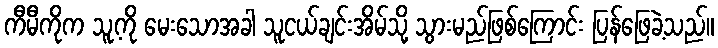
ကီမီကိုက သူ့ကို မေးသောအခါ သူငယ်ချင်းအိမ်သို့ သွားမည်ဖြစ်ကြောင်း ပြန်ဖြေခဲ့သည်။